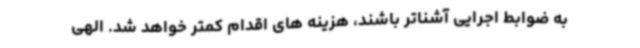
به ضوابط اجرایی آشناتر باشند، هزینه های اقدام کمتر خواهد شد. الهی